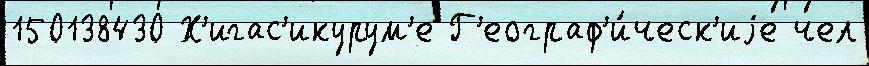
150138430 Х'игас'икурум'е Г'еограф'и́ческ'иjе чел